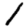
Digit: 1